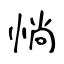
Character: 惝